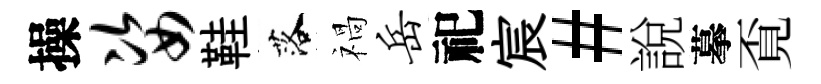
操姿鞋落禍岳祀宸#說摹覔